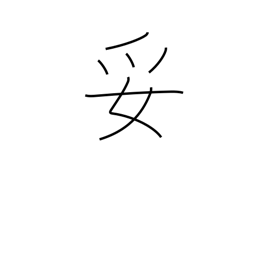
Meaning: satisfactory